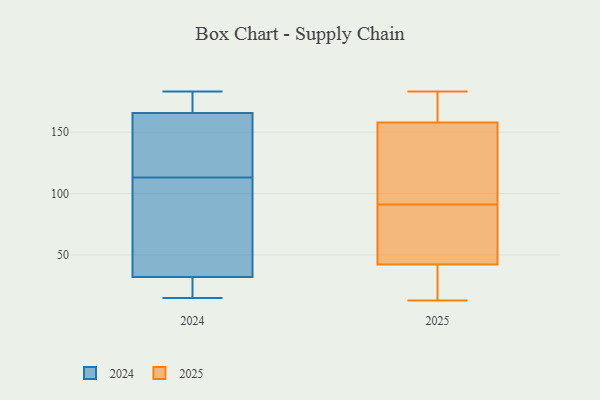
{"axis": {"x": "Backlog", "y": "Value"}, "legend": ["2024", "2025"], "data": [{"x": "", "y": 44, "type": "2025"}, {"x": "", "y": 182, "type": "2025"}, {"x": "", "y": 13, "type": "2025"}, {"x": "", "y": 151, "type": "2025"}, {"x": "", "y": 123, "type": "2025"}, {"x": "", "y": 55, "type": "2025"}, {"x": "", "y": 15, "type": "2025"}, {"x": "", "y": 82, "type": "2025"}, {"x": "", "y": 183, "type": "2025"}, {"x": "", "y": 91, "type": "2025"}, {"x": "", "y": 137, "type": "2025"}, {"x": "", "y": 152, "type": "2025"}, {"x": "", "y": 68, "type": "2025"}, {"x": "", "y": 26, "type": "2025"}, {"x": "", "y": 37, "type": "2025"}, {"x": "", "y": 177, "type": "2025"}, {"x": "", "y": 175, "type": "2025"}, {"x": "", "y": 183, "type": "2024"}, {"x": "", "y": 175, "type": "2024"}, {"x": "", "y": 17, "type": "2024"}, {"x": "", "y": 155, "type": "2024"}, {"x": "", "y": 28, "type": "2024"}, {"x": "", "y": 156, "type": "2024"}, {"x": "", "y": 176, "type": "2024"}, {"x": "", "y": 15, "type": "2024"}, {"x": "", "y": 113, "type": "2024"}, {"x": "", "y": 36, "type": "2024"}, {"x": "", "y": 100, "type": "2024"}, {"x": "", "y": 113, "type": "2024"}]}